Rangoon Lunatic Asylum 1898-1906 - 1898-1906
Year: 1898
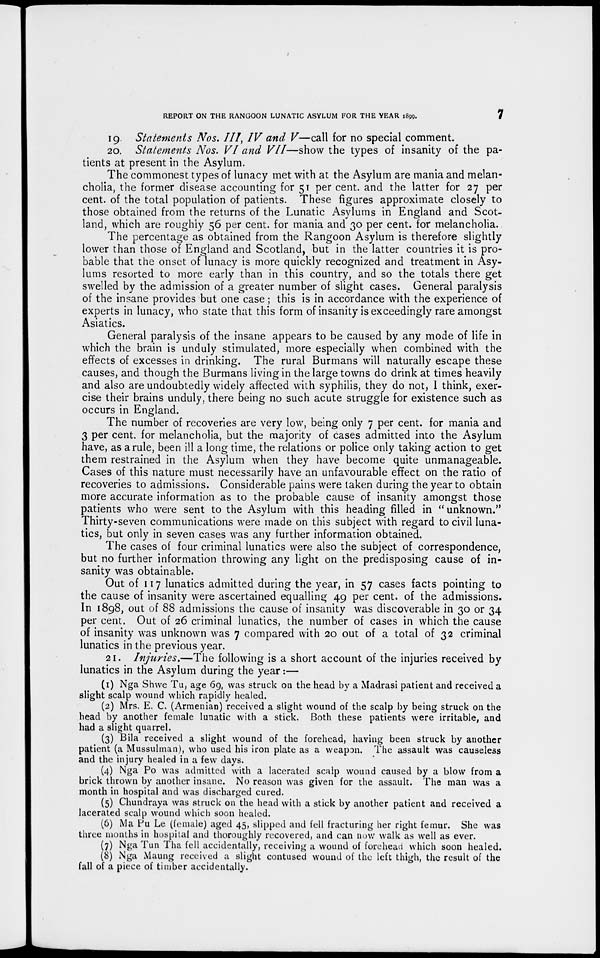
REPORT ON THE RANGOON LUNATIC ASYLUM FOR THE YEAR 1899.
7
19 Statements Nos. III, IV and V—call for no special comment.
20. Statements Nos. VI and VII—show the types of insanity of the pa-
tients at present in the Asylum.
The commonest types of lunacy met with at the Asylum are mania and melan-
cholia, the former disease accounting for 51 per cent. and the latter for 27 per
cent. of the total population of patients. These figures approximate closely to
those obtained from the returns of the Lunatic Asylums in England and Scot-
land, which are roughly 56 per cent. for mania and 30 per cent. for melancholia.
The percentage as obtained from the Rangoon Asylum is therefore slightly
lower than those of England and Scotland, but in the latter countries it is pro-
bable that the onset of lunacy is more quickly recognized and treatment in Asy-
lums resorted to more early than in this country, and so the totals there get
swelled by the admission of a greater number of slight cases. General paralysis
of the insane provides but one case; this is in accordance with the experience of
experts in lunacy, who state that this form of insanity is exceedingly rare amongst
Asiatics.
General paralysis of the insane appears to be caused by any mode of life in
which the brain is unduly stimulated, more especially when combined with the
effects of excesses in drinking. The rural Burmans will naturally escape these
causes, and though the Burmans living in the large towns do drink at times heavily
and also are undoubtedly widely affected with syphilis, they do not, I think, exer-
cise their brains unduly, there being no such acute struggle for existence such as
occurs in England.
The number of recoveries are very low, being only 7 per cent. for mania and
3 per cent. for melancholia, but the majority of cases admitted into the Asylum
have, as a rule, been ill a long time, the relations or police only taking action to get
them restrained in the Asylum when they have become quite unmanageable.
Cases of this nature must necessarily have an unfavourable effect on the ratio of
recoveries to admissions. Considerable pains were taken during the year to obtain
more accurate information as to the probable cause of insanity amongst those
patients who were sent to the Asylum with this heading filled in "unknown."
Thirty-seven communications were made on this subject with regard to civil luna-
tics, but only in seven cases was any further information obtained.
The cases of four criminal lunatics were also the subject of correspondence,
but no further information throwing any light on the predisposing cause of in-
sanity was obtainable.
Out of 117 lunatics admitted during the year, in 57 cases facts pointing to
the cause of insanity were ascertained equalling 49 per cent, of the admissions.
In 1898, out of 88 admissions the cause of insanity was discoverable in 30 or 34
per cent. Out of 26 criminal lunatics, the number of cases in which the cause
of insanity was unknown was 7 compared with 20 out of a total of 32 criminal
lunatics in the previous year.
21. Injuries.—The following is a short account of the injuries received by
lunatics in the Asylum during the year:—
(1) Nga Shwe Tu, age 69, was struck on the head by a Madrasi patient and received a
slight scalp wound which rapidly healed.
(2) Mrs. E. C. (Armenian) received a slight wound of the scalp by being struck on the
head by another female lunatic with a stick. Both these patients were irritable, and
had a slight quarrel.
(3) Bila received a slight wound of the forehead, having been struck by another
patient (a Mussulman), who used his iron plate as a weapon. The assault was causeless
and the injury healed in a few days.
(4) Nga Po was admitted with a lacerated scalp wound caused by a blow from a
brick thrown by another insane. No reason was given for the assault. The man was a
month in hospital and was discharged cured.
(5) Chundraya was struck on the head with a stick by another patient and received a
lacerated scalp wound which soon healed.
(6) Ma Pu Le (female) aged 45, slipped and fell fracturing her right femur. She was
three months in hospital and thoroughly recovered, and can now walk as well as ever.
(7) Nga Tun Tha fell accidentally, receiving a wound of forehead which soon healed.
(8) Nga Maung received a slight contused wound of the left thigh, the result of the
fall of a piece of timber accidentally.